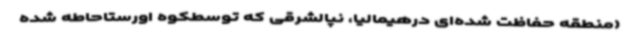
(منطقه حفاظت شده‌ای درهیمالیا، نپالشرقی که توسطکوه اورستاحاطه شده‌